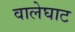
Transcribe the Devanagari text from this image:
वालेघाट